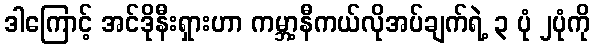
ဒါကြောင့် အင်ဒိုနီးရှားဟာ ကမ္ဘာ့နီကယ်လိုအပ်ချက်ရဲ့ ၃ ပုံ ၂ပုံကို